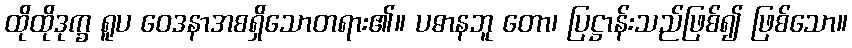
ထိုထိုဒုက္ခ ရူပ ဝေဒနာအစရှိသောတရား၏။ ပဓာနဘူ တော၊ ပြဋ္ဌာန်းသည်ဖြစ်၍ ဖြစ်သော။